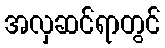
အလှဆင်ရာတွင်